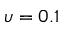
\upsilon = 0 . 1